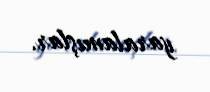
yaralamışlar.